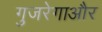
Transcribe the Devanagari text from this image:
गुजरेगाऔर